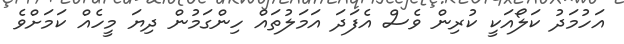
އަހުމަދު ކަލޯއަކީ ކުރިން ވެސް އެފަދަ އަމަލުތައް ހިންގަމުން ދިޔަ މީހެއް ކަމަށްވެ